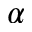
\alpha